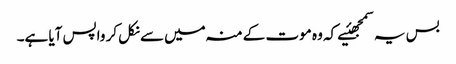
بس یہ سمجھئیے کہ وہ موت کے منہ میں‌سے نکل کر واپس آیا ہے۔